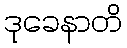
ဒုခေနာတိ